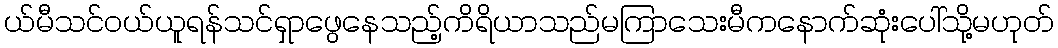
ယ်မီသင်ဝယ်ယူရန်သင်ရှာဖွေနေသည့်ကိရိယာသည်မကြာသေးမီကနောက်ဆုံးပေါ်သို့မဟုတ်